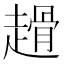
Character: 𧽌